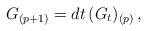
\begin{align*}G_{(p+1)}= dt\, (G_t)_{(p)} \, ,\end{align*}